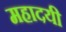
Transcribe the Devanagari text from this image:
महादयी